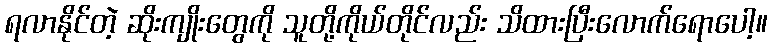
ရလာနိုင်တဲ့ ဆိုးကျိုးတွေကို သူတို့ကိုယ်တိုင်လည်း သိထားပြီးလောက်ရောပေါ့။